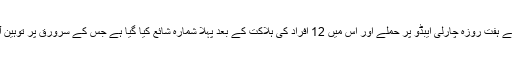
واضح رہے کہ فرانس کے ہفت روزہ چارلی ایبڈو پر حملے اور اس میں 12 افراد کی ہلاکت کے بعد پہلا شمارہ شائع کیا گیا ہے جس کے سرورق پر توہین آمیز خاکہ چھاپہ گیا ہے۔